King Institute of Preventive Medicine Micro-Biological Section reports 1912-19
Year: 1912
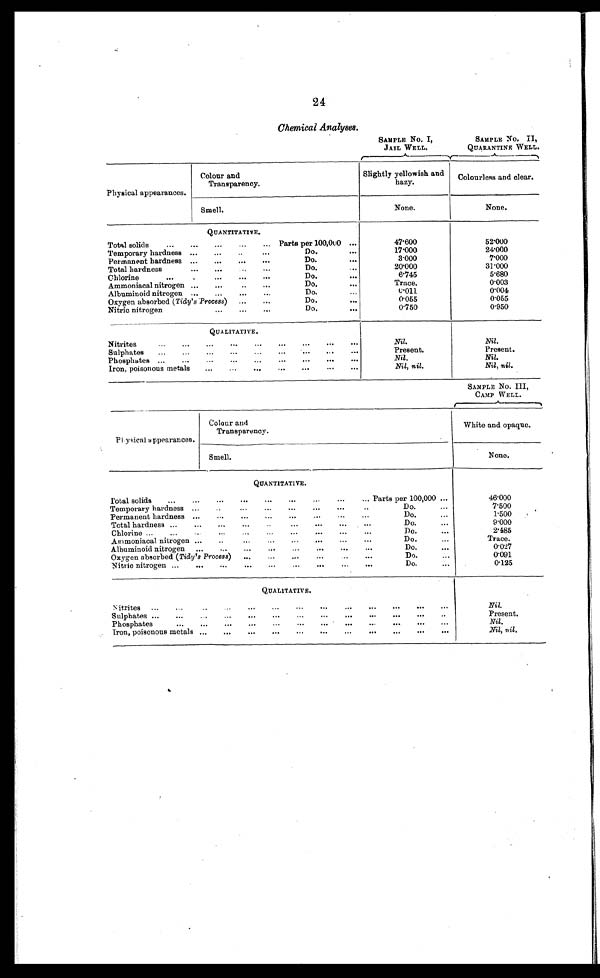
24
Chemical Analyses.
SAMPLE No. I,
JAIL WELL.
SAMPLE No. II,
QUARANTINE WELL.
Physical appearances.
Colour and
Transparency.
Slightly yellowish and
hazy.
Colourless and clear.
Smell.
None.
None.
QUANTITATIVE.
Total solids . . .
Parts per 100,000 . . .
47.600
5 2 . 0 0 0
Temporary hardness . . .
Do. . . . .
17.000
2 4 . 0 0 0
Permanent hardness . . .
Do. . . .
3.000
7 . 0 0 0
Total hardness . . .
Do.
2 0 . 0 0 0
3].000
Chlorine . . .
Do. . . .
6.745
5.680
Ammoniacal nitrogen . . .
Do. . . .
Trace.
0 . 0 0 3
Albuminoid nitrogen . . .
Do. . . .
0.011
0.004
Oxygen absorbed ( Tidy's Process) . . .
Do. . . .
0.055
0.055
Nitric nitrogen . . .
Do. . . .
0 . 7 5 0
0.950
QUALITATIVE.
Nitrites . . .
Nil.
Nil.
S u l p
h a t e s . . .
Present.
Present.
Phosphates
Nil.
Nil.
Iron, poisonous metals . . .
Nil, nil.
Nil, nil.
SAMPLE No. III,
CAMP WELL.
Physical appearances.
Colour and
Transparency.
White and opaque.
Smell.
None.
QUANTITATIVE.
Total solids . . .
Parts per 100,000 . . .
46.000
Temporary hardness . . .
Do. . . .
7.500
Permanent hardness . . .
D o . . . .
1.500
Total hardness . . .
Do. . . .
9.000
Chlorine . . .
Do. . . .
2.485
Ammoniacal nitrogen . . .
Do. . . .
Trace.
A l b u m i n o i d n i t r o g e n . . .
Do. . . .
0.027
O x y g e n a b s o r b e d (
T i d y ' s P r o c e s s
)
Do. . . .
0 . 0 9 1
Nitric nitrogen . . .
Do. . . .
0.125
QUALITATIVE.
Nitrites . . .
Nil.
Sulphates . . .
Present.
Phosphates . . .
Nil.
Iron, poisonous metals
Nil, nil.